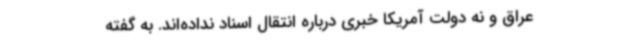
عراق و نه دولت آمریکا خبری درباره انتقال اسناد نداده‌اند. به گفته